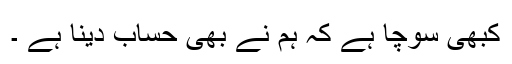
کبھی سوچا ہے کہ ہم نے بھی حساب دینا ہے ۔